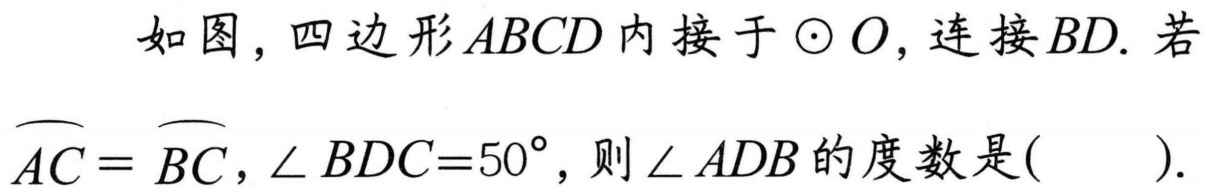
如图，四边形\(ABCD\)内接于\(\odot O\)，连接\(BD\). 若\(\overset{\frown}{AC}=\overset{\frown}{BC}\)，\(\angle BDC = 50^{\circ}\)，则\(\angle ADB\)的度数是( ).